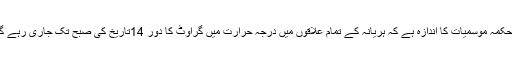
محکمہ موسمیات کا اندازہ ہے کہ ہریانہ کے تمام علاقوں میں درجہ حرارت میں گراوٹ کا دور 14تاریخ کی صبح تک جاری رہے گا۔